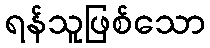
ရန်သူဖြစ်သော